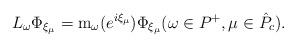
LaTeX: \begin{align*}L_\omega \Phi_{\xi_\mu} = \mathrm m_\omega(e^{i\xi_\mu }) \Phi_{\xi_\mu} (\omega \in P^+, \mu\in {\hat P}_{c}) .\end{align*}